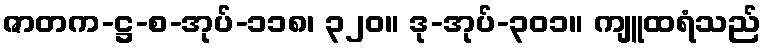
ဇာတက-ဋ္ဌ-စ-အုပ်-၁၁၈၊ ၃၂၀။ ဒု-အုပ်-၃၀၁။ ကျူထရံသည်